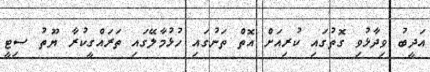
އަދީބު ވިދާޅުވި ގޮތުގައި ކުރިއަށް އޮތް ތަނުގައި ހުޅުމާލޭގައި ތަރައްގީކުރާ ޔޫތު ސިޓީ